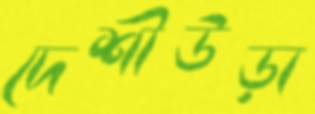
দেশীউড়া